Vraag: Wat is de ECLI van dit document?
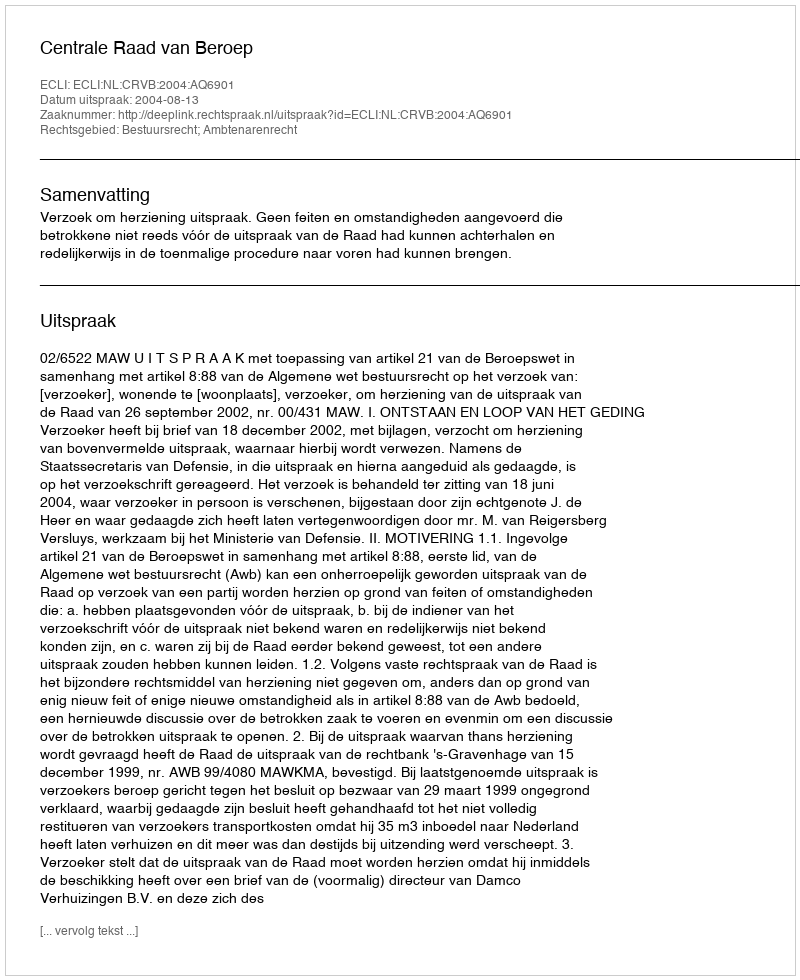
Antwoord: ECLI:NL:CRVB:2004:AQ6901